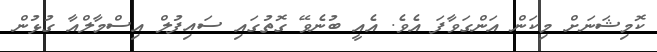
ކޮމިޝަނަށް މިކަން އަންގަވާފަ އެވެ. އެއީ ބުނެވޭ ގޮތުގައި ސައިފުލް އިސްމާލްއާ ގުޅުން